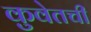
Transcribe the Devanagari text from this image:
कुवेतची